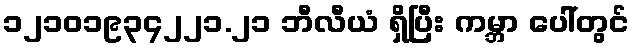
၁၂၁၀၁၉၃၄၂၂၁.၂၁ ဘီလီယံ ရှိပြီး ကမ္ဘာ ပေါ်တွင်